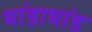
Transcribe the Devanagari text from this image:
भांडाभांड